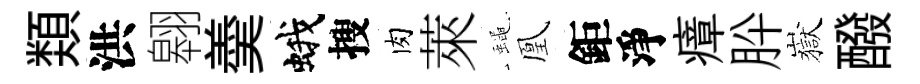
𩔖洪翱羮蛾搜肉萊蠅凰鉅淨瘴肸嶽醱